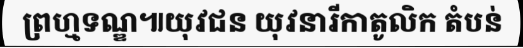
ព្រហ្មទណ្ឌ៕យុវជន យុវនារីកាតូលិក តំបន់